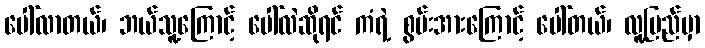
ပေါ်လာတယ်၊ ဘယ်သူ့ကြောင့် ပေါ်လဲဆိုရင် ကံရဲ့ စွမ်းအားကြောင့် ပေါ်တယ်၊ လူ့ပြည်မှာ